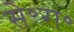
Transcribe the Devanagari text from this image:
से॰रा॰